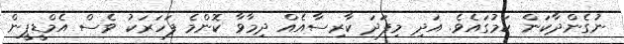
ނުގެންދާކަން ކަމުގައެވެ. އަދި މިފަދަ ކާރިސާއެއް ދިމާވާ ކޮންމެ ފަހަރަކު ވެސް އެމްޑީޕީން